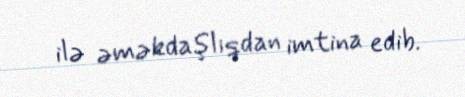
ilə əməkdaşlıqdan imtina edib.